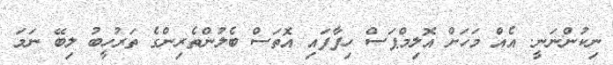
ނިކުންނަނީ. އެއް މަހަށް އޮލިމްޕަސް ހިފާފައި އޮތަސް ބެލުންތެރިންގެ ތަރުހީބު ލިބޭ ނަމަ